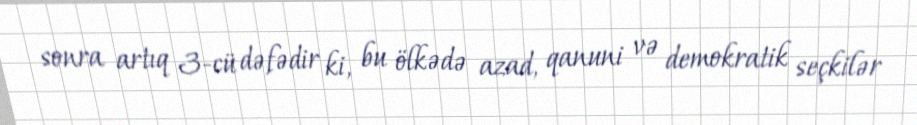
sonra artıq 3-cü dəfədir ki, bu ölkədə azad, qanuni və demokratik seçkilər